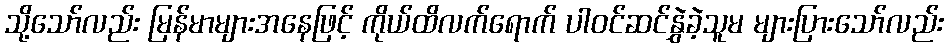
သို့သော်လည်း မြန်မာများအနေဖြင့် ကိုယ်ထိလက်ရောက် ပါဝင်ဆင်နွှဲခဲ့သူမ များပြားသော်လည်း